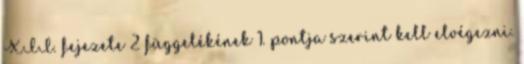
XII. fejezete 2 függelékének 1. pontja szerint kell elvégezni.